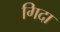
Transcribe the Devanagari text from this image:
गिदा